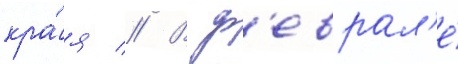
кра́я // В ф'еврал'е́